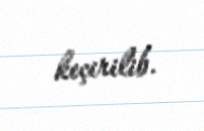
keçirilib.